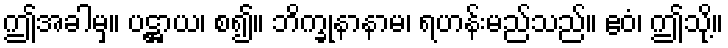
ဤအခါမှ။ ပဋ္ဌာယ၊ စ၍။ ဘိက္ခုနာနာမ၊ ရဟန်းမည်သည်။ ဧဝံ၊ ဤသို့။